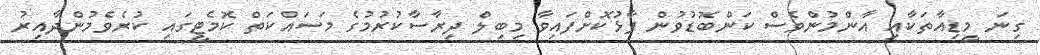
ގިނަ މީޑިއާތަކާއި އާންމުންވެސް ކަންބޮޑުވުން ފާޅުކޮށްފައިވާ މިބިލް ދިރާސާކުރުމުގެ މަސައްކަތް ކޮމެޓީގައި ކުރެވެމުންދާއިރު